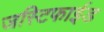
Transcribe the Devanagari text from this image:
जस्टिफाईड